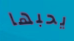
يحبها